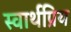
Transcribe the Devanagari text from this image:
स्वार्थप्रिय